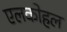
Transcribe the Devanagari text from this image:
एलकोहल